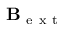
\mathbf B _ { \mathrm { ~ e ~ x ~ t ~ } }